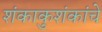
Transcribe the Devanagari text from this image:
शंकाकुशंकांचे